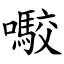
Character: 㘐